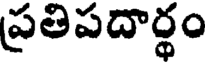
ప్రతిపదార్థం